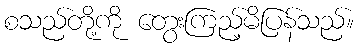
စသည်တို့ကို တွေးကြည့်မိပြန်သည်။